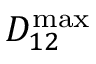
D _ { 1 2 } ^ { \mathrm { m a x } }